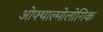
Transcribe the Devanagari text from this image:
ओफ्थाल्मोलोगिक